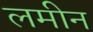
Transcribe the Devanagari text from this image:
लमीन